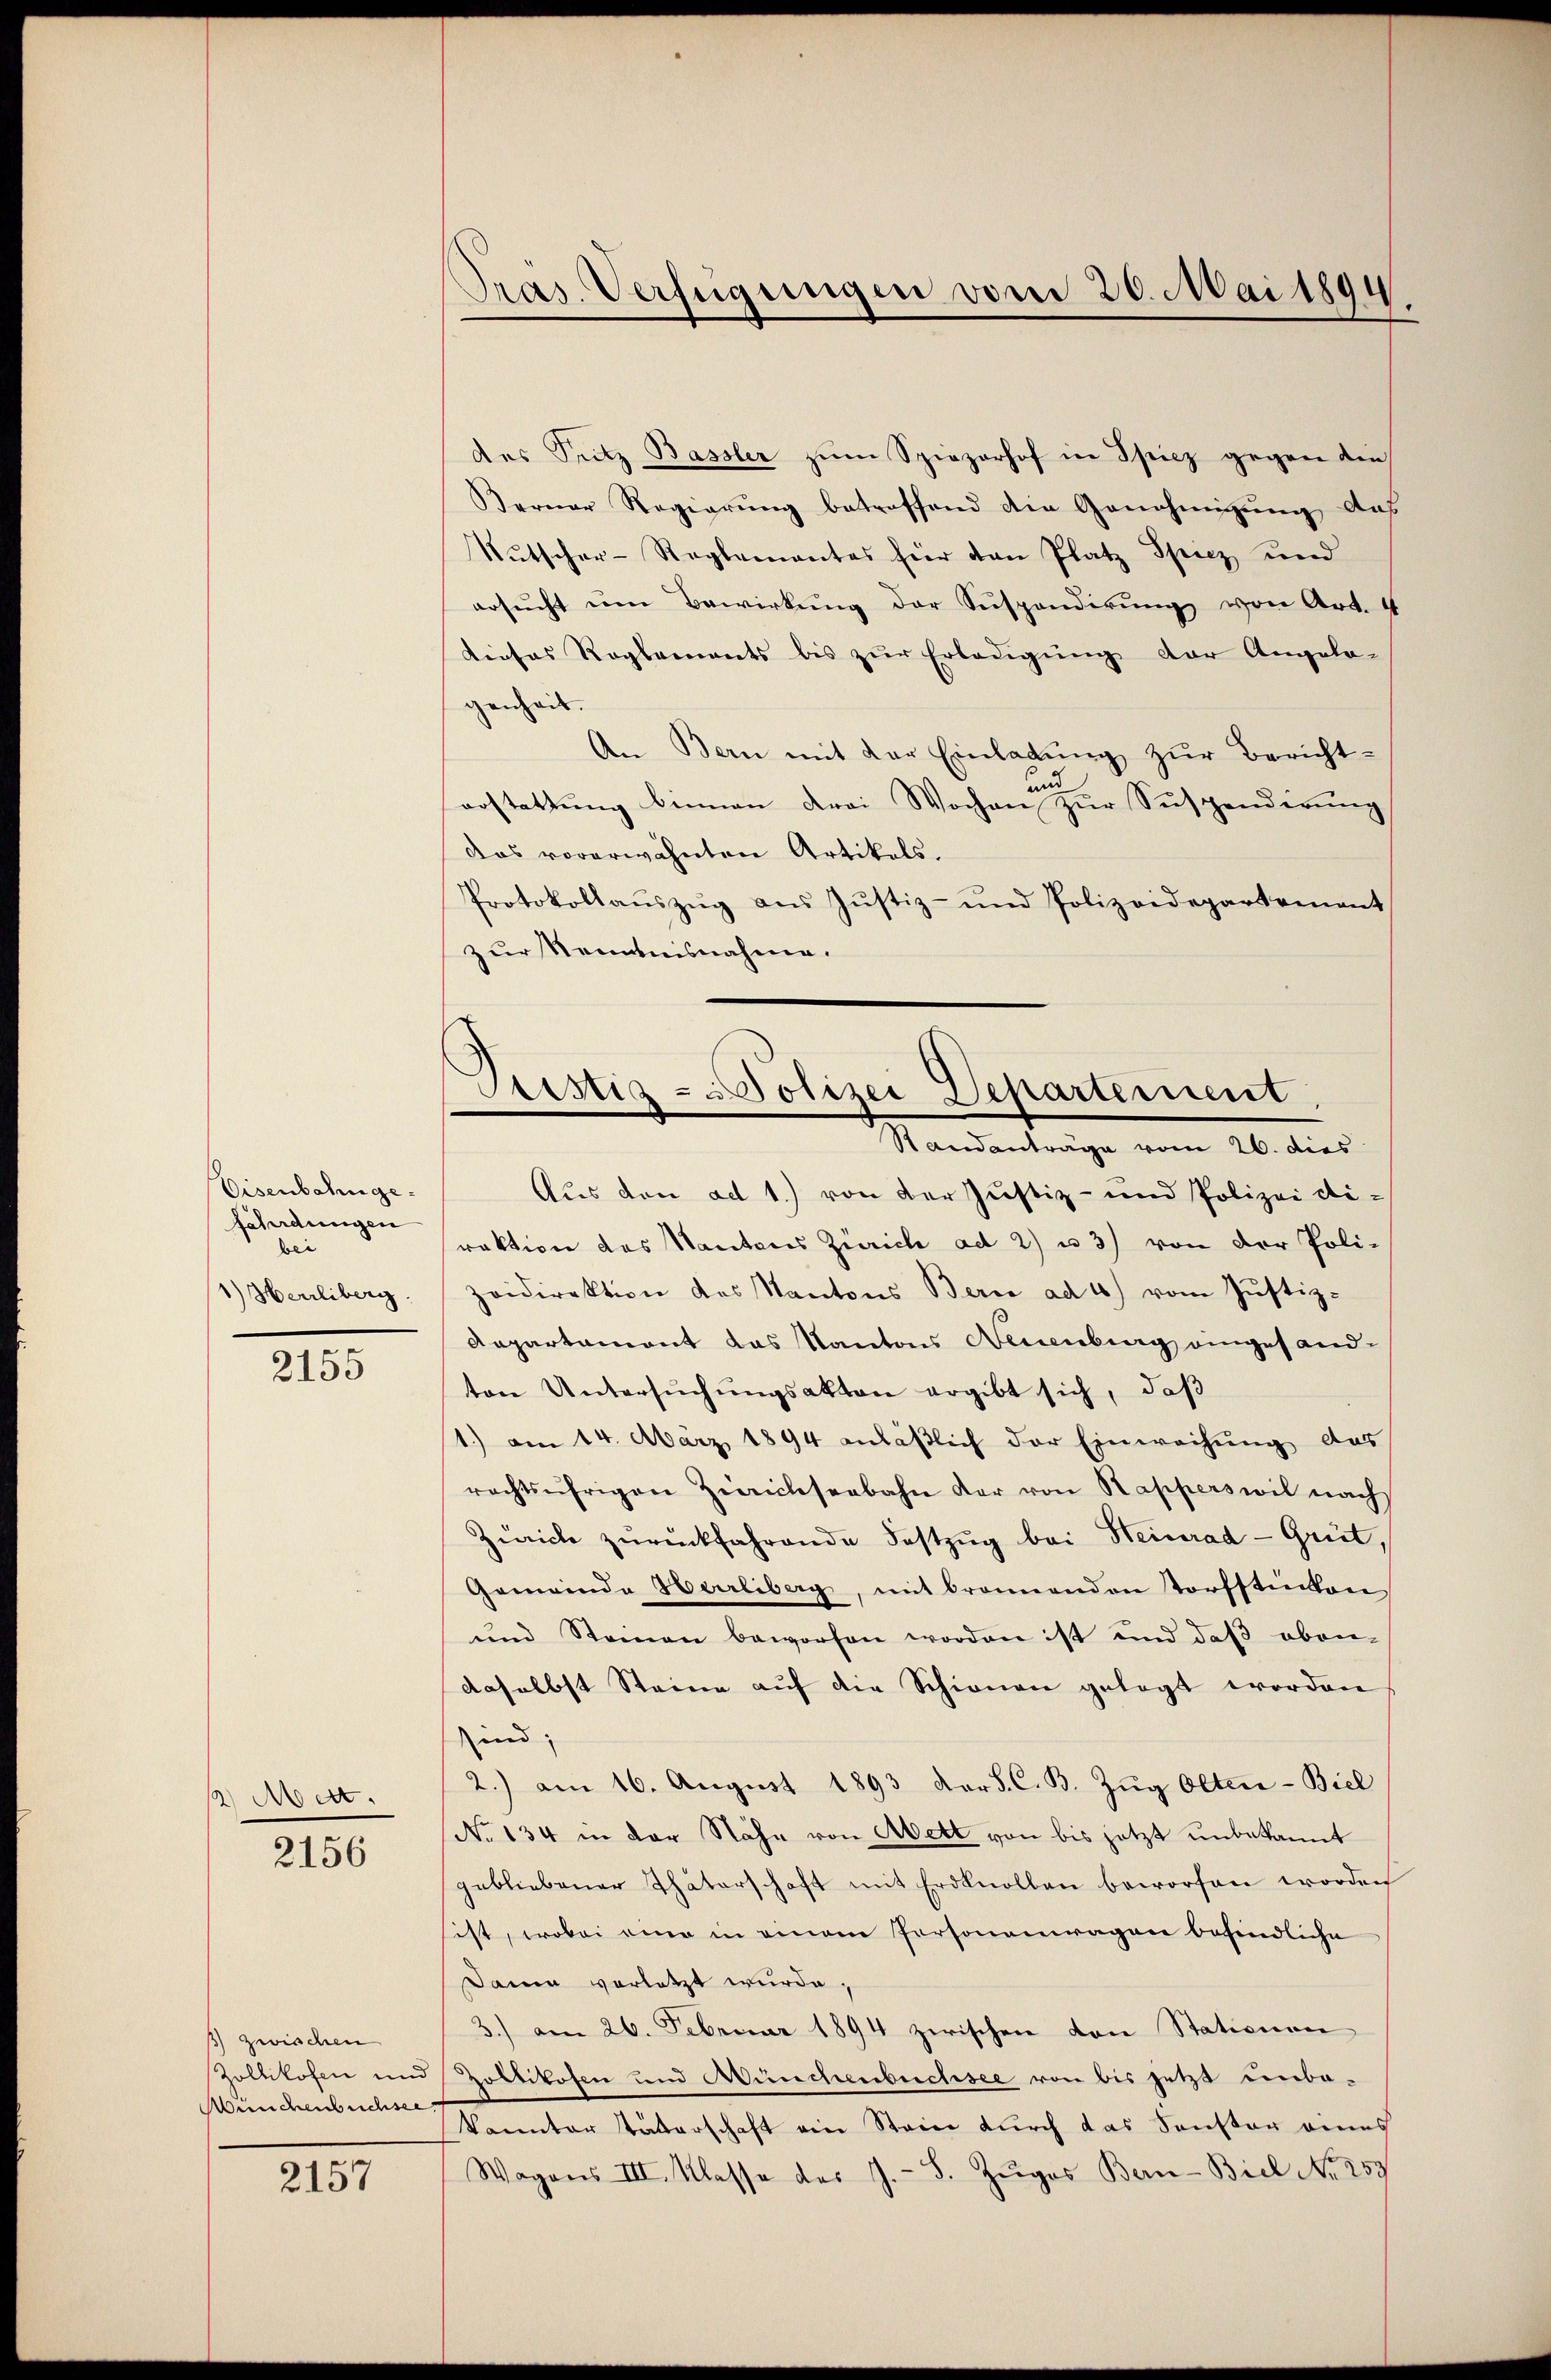
Eisenbahngefährdungen
bei
1) Herrliberg.

2155

2 Mett.

2156

) zwischen
Zollikofen und
Münchenbüchsee,

2157

Pras. Verfügungen vom 20. Mai 1894

des Sutz Bassler zum Spiezorhof in Spiez gegen dies
Berner Regierŭng betreffend die Genehmigung das
Kŭtscher-Reglementes hier den Platz Spiez und
ersŭcht ŭm Bewirkung der Suspendirung von Art. 4
Liefes Reglements bis zŭr Erledigung der Angela-
genheit.
An Bern mit der Einladŭng zŭr Bericht-
und
arstattung binnen drei Wochen zur Suspendirung
das vorerwähnten Artikels.
Protokollaŭszŭg aŭs Jŭstiz- und Polizeidepartement
zur Kenntnisnahme.
Aus den ad 1.) von der Justiz- und Polizei di-
raktion des Kantons Zürich ad 2) u. 3) von der Poli-
zeidirektion des Kantons Bern ad 1) vom Justiz-
Aepartemont das Kantons Neuenburg eingesandton Untersŭchŭngsakten ergibt sich, daß
1.) am 14. März 1894 anläßlich der Einwachung das
rechtsufrigen Zwichseebahn der von Kapperswil nach
Zürich zŭrückfahrende Festzŭg bei Heinrad - Grüt
Gemeinde Herrliberg, mit bronnenden Torfstinken
und Steinen beworfen worden ist und daß oben-
daselbst Steine aŭf die Schienen gelegt worden
sind;
2.) am 16. Aŭgŭst 1893 ders. C. B. Zŭg Olten-Biel
No 134 in der Nähe von Aett von bis jetzt unbekannt
gebliebener Thäterschaft mit Erdlnollen beworfen worden
ist, wobei eine in einem Personenwagen befindliche
Dann vorletzt wurde.
3.) am 26. Februar 1894 zwischen von Stationen
Zoltikofen und Münchenbuchsee von bis jetzt unbekannter Vaterschaft ein Steier durch das Sonster eines
Wagons III. Klasse des J. S. Zŭges Bern-Biel No 259

Stistiz-Polizei Departement
Standanträge vom 26. dies